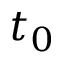
t _ { 0 }